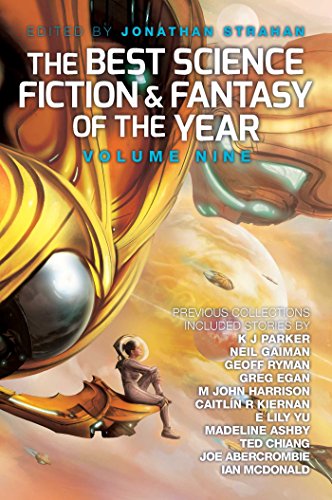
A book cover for The Best Science Fiction and Fantasy of the Year: Volume Nine; Science Fiction & Fantasy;